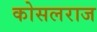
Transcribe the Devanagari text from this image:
कोसलराज